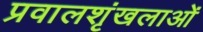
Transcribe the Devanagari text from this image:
प्रवालशृंखलाओं